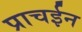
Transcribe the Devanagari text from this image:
प्राचईन